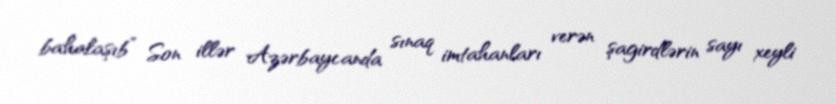
bahalaşıb” Son illər Azərbaycanda sınaq imtahanları verən şagirdlərin sayı xeyli